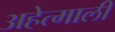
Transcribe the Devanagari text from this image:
अहेत्माली